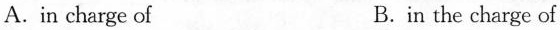
A.in charge of B. in the charge of